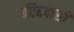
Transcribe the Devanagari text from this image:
गरिबदासी